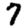
Digit: 7